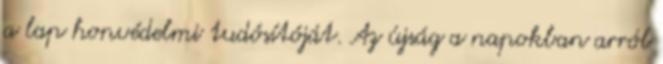
a lap honvédelmi tudósítóját. Az újság a napokban arról